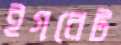
ইগরেট